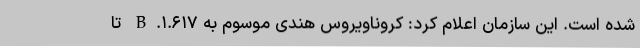
شده است. این سازمان اعلام کرد: کروناویروس هندی موسوم به B.۱.۶۱۷ تا